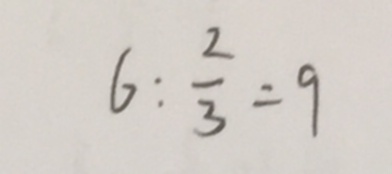
6 : \frac { 2 } { 3 } = 9